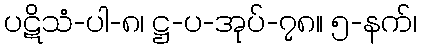
ပဋိသံ-ပါ-၈၊ ဋ္ဌ-ပ-အုပ်-၇၈။ ၅-နက်၊